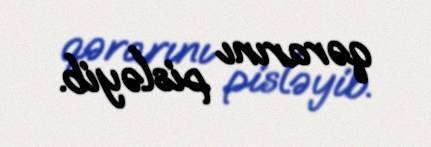
qərarını pisləyib.